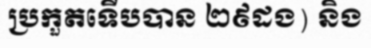
ប្រកួតទើបបាន ២៩ដង) និង